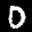
Label: 0